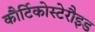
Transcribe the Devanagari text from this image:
कौर्टिकोस्टेरौइड